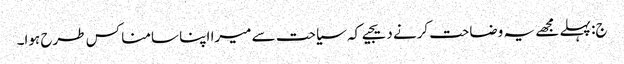
ج: پہلے مجھے یہ وضاحت کرنے دیجیے کہ سیاحت سے میرا اپنا سامنا کس طرح ہوا۔